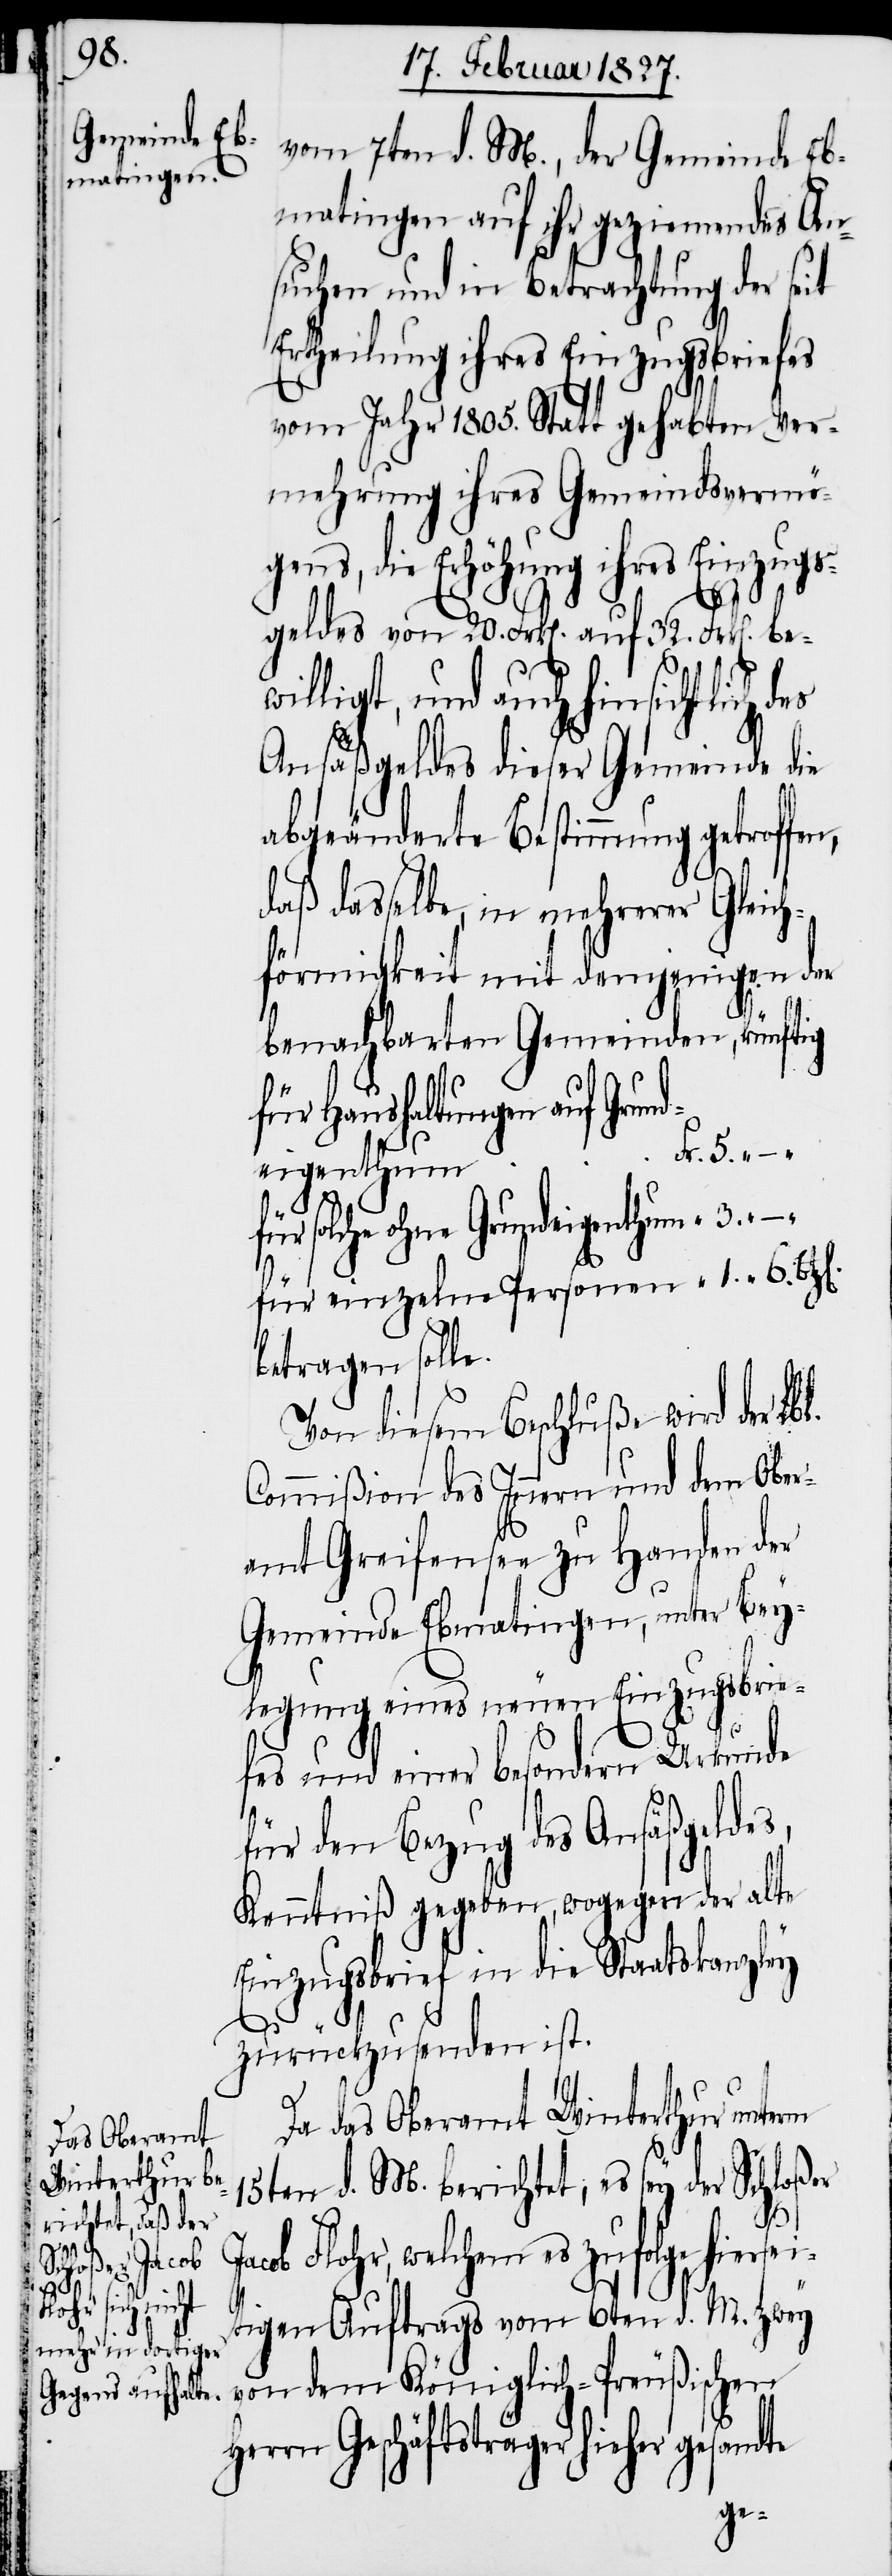
es

vom 7ten d. M., der Gemeinde Eb¬
matingen auf ihr geziemendes An¬
suchen und in Betrachtung der seit
Ertheilung ihres Einzugsbriefes
vom Jahr 1805. Statt gehabten Ver¬
mehrung ihres Gemeindsvermö¬
gens, die Erhöhung ihres Einzugs¬
geldes von 20. Frk[en]. auf 32. Frk[e¬
ligt, und auch hinsichtlich d¬
Ansäßgeldes dieser Gemeinde die
abgeänderte Bestimmung getroffen,
daß dasselbe, in mehrerer Gleich¬
förmigkeit mit demjenigen der
benachbarten Gemeinden, künftig
für Haushaltungen auf Grund¬
r.	5. –
eigenthu¬
für solche ohne
für einzelne Personen
betragen solle.
Von diesem Beschluße wird der Lbl.
Commißion des Innern und dem Ober¬
amt Greifensee zu Handen der
Gemeinde Ebmatingen, unter Bey¬
legung eines neuen Einzugsbrie¬
fes und einer besondern Urkunde
für den Bezug des Ansäßgeldes,
Kenntniß gegeben, wogegen der alte
Einzugsbrief in die Staatskanzley
zurückzusenden ist.
Da das Oberamt Winterthur unterm
15ten d. M. berichtet, es sey der Schloßer
6.
Jacob Flohr, welchem es zufolge hiersei¬
tigen Auftrags vom 6ten d. M. zwey
von dem Königlich-Preußischen
Herrn Geschäftsträger hieher